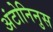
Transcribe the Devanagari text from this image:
अंटोनिनुस